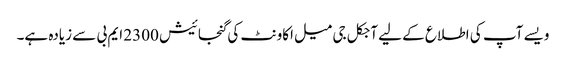
ویسے آپ کی اطلاع کے لیے آجکل جی میل اکاونٹ کی گنجائیش 2300 ایم بی سے زیادہ ہے۔